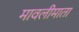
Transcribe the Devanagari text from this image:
मावलीमाता